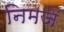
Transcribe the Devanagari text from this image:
निमजे